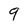
Character: 9